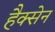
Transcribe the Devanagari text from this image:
हैक्सेन